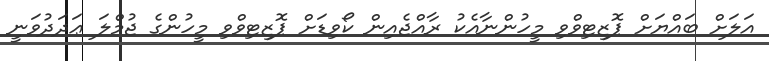
އަލަށް ބައްޔަށް ޕޮޒިޓިވްވި މީހުންނާއެކު ރާއްޖެއިން ކޯވިޑަށް ޕޮޒިޓިވްވި މީހުންގެ ޖުމްލަ ޢަދަދުވަނީ